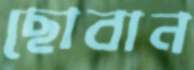
ছোবান